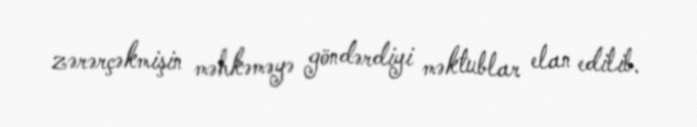
zərərçəkmişin məhkəməyə göndərdiyi məktublar elan edilib.